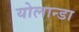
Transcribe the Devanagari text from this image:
योलान्डा